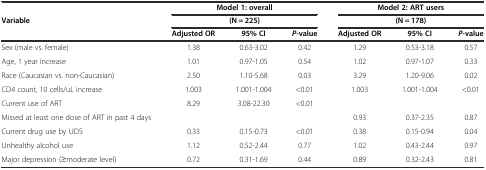
| <ROWSPAN=3> Variable | <COLSPAN=3> Model 1: overall | <COLSPAN=3> Model 2: ART users |
 | <COLSPAN=3> (N = 225) | <COLSPAN=3> (N = 178) |
 | Adjusted OR | 95% CI | P-value | Adjusted OR | 95% CI | P-value |
 | --- | --- | --- | --- | --- | --- | --- |
 | Sex (male vs. female) | 1.38 | 0.63-3.02 | 0.42 | 1.29 | 0.53-3.18 | 0.57 |
 | Age, 1 year increase | 1.01 | 0.97-1.05 | 0.54 | 1.02 | 0.97-1.07 | 0.33 |
 | Race (Caucasian vs. non-Caucasian) | 2.50 | 1.10-5.68 | 0.03 | 3.29 | 1.20-9.06 | 0.02 |
 | CD4 count, 10 cells/uL increase | 1.003 | 1.001-1.004 | <0.01 | 1.003 | 1.001-1.004 | <0.01 |
 | Current use of ART | 8.29 | 3.08-22.30 | <0.01 |  |  |  |
 | Missed at least one dose of ART in past 4 days |  |  |  | 0.93 | 0.37-2.35 | 0.87 |
 | Current drug use by UDS | 0.33 | 0.15-0.73 | <0.01 | 0.38 | 0.15-0.94 | 0.04 |
 | Unhealthy alcohol use | 1.12 | 0.52-2.44 | 0.77 | 1.02 | 0.43-2.44 | 0.97 |
 | Major depression (≥moderate level) | 0.72 | 0.31-1.69 | 0.44 | 0.89 | 0.32-2.43 | 0.81 |